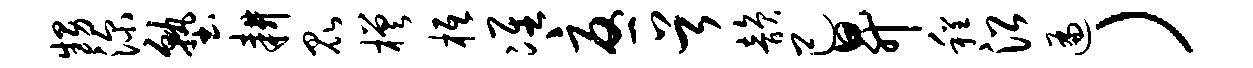
甥深塾耕昆槎柢准忧首韵己升程沿遍）